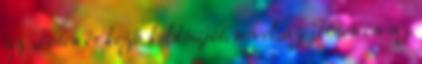
az Isten érkező küldöttjét, mivel az Isten és az